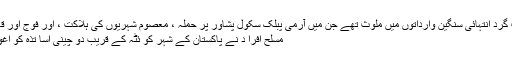
یہ دہشت گرد انتہائی سنگین وارداتوں میں ملوث تھے جن میں آرمی پبلک سکول پشاور پر حملہ ، معصوم شہریوں کی ہلاکت ، اور فوج اور قانون نافذ
مسلح افرا د نے پاکستان کے شہر کو ئٹہ کے قریب دو چینی اسا تذہ کو اغوا کر لیا۔